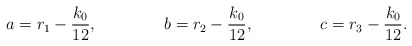
\begin{align*} a&= r_1-\frac{k_0}{12}, & b &= r_2-\frac{k_0}{12},& c &= r_3-\frac{k_0}{12}.\end{align*}